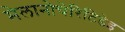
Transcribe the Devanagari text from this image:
मेलानोचेरिटिडेइ